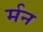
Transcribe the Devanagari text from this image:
र्मन